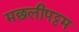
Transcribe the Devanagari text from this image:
मछलीपट्टम